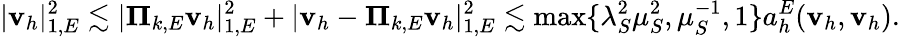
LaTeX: |\textbf{v}_{h}|_{1,E}^{2}\lesssim|\boldsymbol{\Pi}_{k,E}\textbf{v}_{h}|_{1,E}^{2}+|\textbf{v}_{h}-\boldsymbol{\Pi}_{k,E}\textbf{v}_{h}|_{1,E}^{2}\lesssim\operatorname*{max}\{ \lambda_{S}^{2}\mu_{S}^{2},\mu_{S}^{-1},1\} a_{h}^{E}(\textbf{v}_{h},\textbf{v}_{h}).